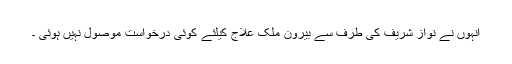
انہوں نے نواز شریف کی طرف سے بیرون ملک علاج کیلئے کوئی درخواست موصول نہیں ہوئی ۔